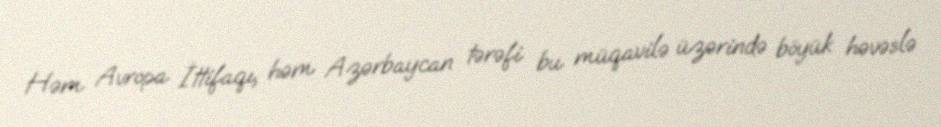
Həm Avropa İttifaqı, həm Azərbaycan tərəfi bu müqavilə üzərində böyük həvəslə